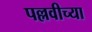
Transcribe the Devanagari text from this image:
पल्लवीच्या